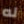
له